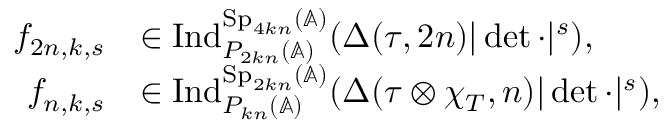
\begin{array} { r l } { f _ { 2 n , k , s } } & { \in \mathrm { I n d } _ { P _ { 2 k n } ( \mathbb { A } ) } ^ { \mathrm { S p } _ { 4 k n } ( \mathbb { A } ) } ( \Delta ( \tau , 2 n ) | \operatorname* { d e t } \cdot | ^ { s } ) , } \\ { f _ { n , k , s } } & { \in \mathrm { I n d } _ { P _ { k n } ( \mathbb { A } ) } ^ { \mathrm { S p } _ { 2 k n } ( \mathbb { A } ) } ( \Delta ( \tau \otimes \chi _ { T } , n ) | \operatorname* { d e t } \cdot | ^ { s } ) , } \end{array}